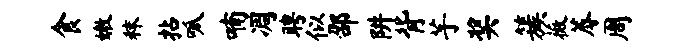
食嫩秣拈呱喃凋聘似邵阱背芋奖簇薇蓐周